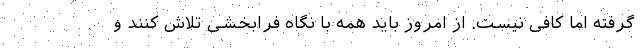
گرفته اما کافی نیست. از امروز باید همه با نگاه فرابخشی تلاش کنند و